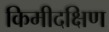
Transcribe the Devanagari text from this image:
किमीदक्षिण